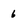
Character: 6